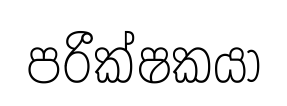
පරීක්ෂකයා